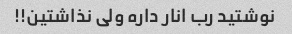
نوشتید رب انار داره ولی نذاشتین!!